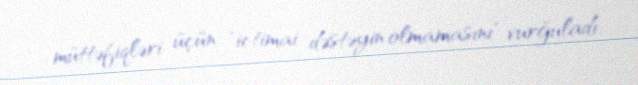
müttəfiqləri üçün "ictimai dəstəyin olmamasını" vurğuladı.